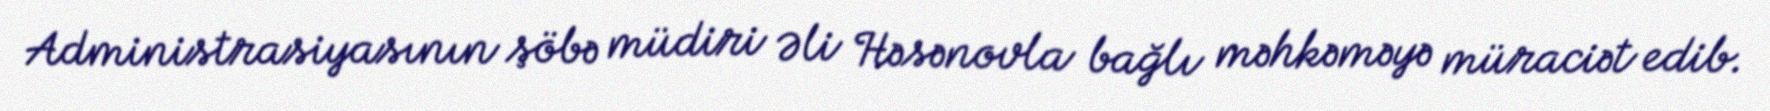
Administrasiyasının şöbə müdiri Əli Həsənovla bağlı məhkəməyə müraciət edib.